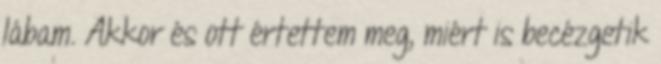
lábam. Akkor és ott értettem meg, miért is becézgetik